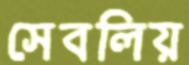
সেবলিয়